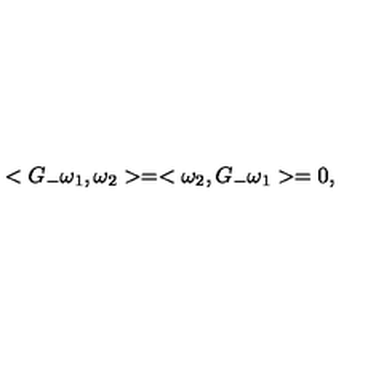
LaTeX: < G _ { - } \omega _ { 1 } , \omega _ { 2 } > = < \omega _ { 2 } , G _ { - } \omega _ { 1 } > = 0 ,